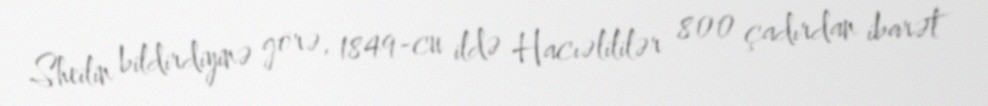
Sheilin bildirdiyinə görə, 1849-cu ildə Hacıəlililər 800 çadırdan ibarət